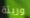
وريثة